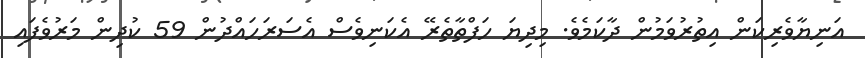
އަނިޔާވެރިކަން އިތުރުވަމުން ދާކަމެވެ. މިދިޔަ ހަފްތާތެރޭ އެކަނިވެސް އެސަރަހައްދުން 59 ކުދިން މަރުވެފައި